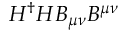
H ^ { \dag } H B _ { \mu \nu } B ^ { \mu \nu }